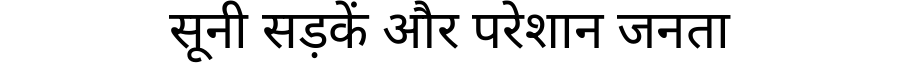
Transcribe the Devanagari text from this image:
सूनी सड़कें और परेशान जनता